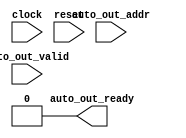
module DebugCustomXbar(
  input   clock,
  input   reset,
  input   auto_out_addr,
  output  auto_out_ready,
  input   auto_out_valid
);
  assign auto_out_ready = 1'h0; // @[Nodes.scala 1207:84 Custom.scala 83:16]
endmodule